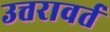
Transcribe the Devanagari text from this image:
उत्तरावर्त